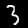
Digit: 3